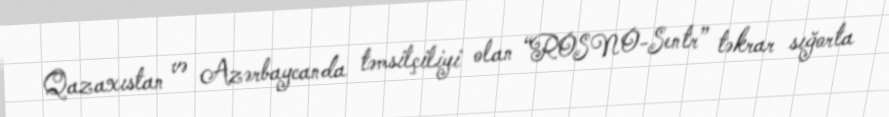
Qazaxıstan və Azərbaycanda təmsilçiliyi olan “ROSNO-Sentr” təkrar sığorta